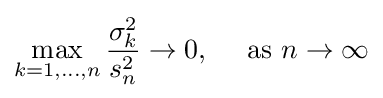
\max _{k=1,\ldots ,n}{\frac {\sigma _{k}^{2}}{s_{n}^{2}}}\to 0,\quad {\text{ as }}n\to \infty